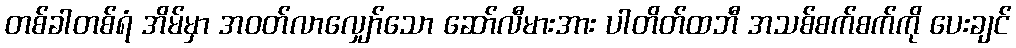
တစ်ခါတစ်ရံ အိမ်မှာ အဝတ်လာလျှော်သော ဆော်လီမားအား ပါတိတ်ထဘီ အသစ်စက်စက်ကို ပေးချင်